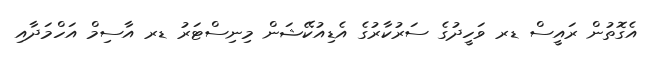
އެގޮތުން ރައީސް ޑރ ވަހީދުގެ ސަރުކާރުގެ އެޑިއުކޭޝަން މިނިސްޓަރު ޑރ އާސިމް އަހްމަދާއި